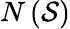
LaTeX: N\left({\mathcal{S}}\right)